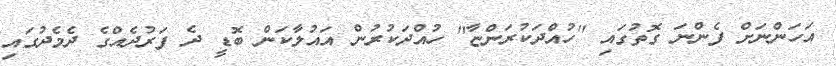
އަހަންނަށް ފެންނަ ގޮތުގައި ''ހުއްދަކުރަންޏާ'' ހުއްދަކުރުން އައުލާކަން ބޮޑީ ދެ ފަރުދެއްގެ ދެމެދުގައި